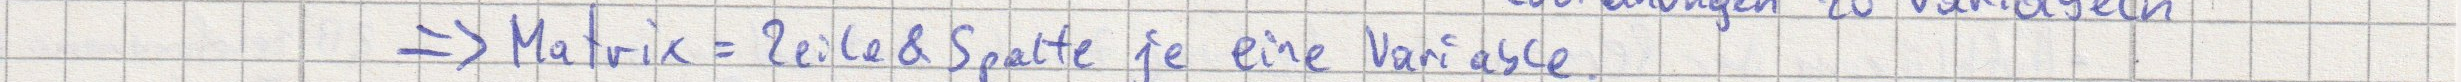
=> Matrix = Zeile & Spalte je eine Variable